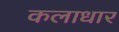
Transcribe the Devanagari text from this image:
कलाधार